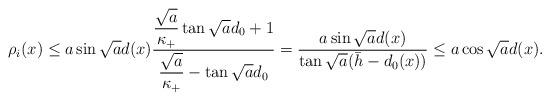
LaTeX: \begin{align*}\rho_i(x)\leq a\sin \sqrt{a}d(x)\frac{\dfrac{\sqrt{a}}{\kappa_+}\tan \sqrt{a}d_0+1}{\dfrac{\sqrt{a}}{\kappa_+}-\tan \sqrt{a}d_0}=\frac{a\sin \sqrt{a}d(x)}{\tan\sqrt{a}(\bar{h}-d_0(x))}\leq a\cos \sqrt{a}d(x).\end{align*}